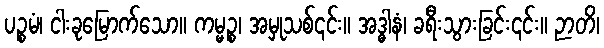
ပဉ္စမံ၊ ငါးခုမြောက်သော။ ကမ္မဉ္စ၊ အမှုသစ်၎င်း။ အဒ္ဓါနံ၊ ခရီးသွားခြင်း၎င်း။ ဉာတိ၊